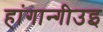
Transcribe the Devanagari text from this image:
हांगान्गीउइ